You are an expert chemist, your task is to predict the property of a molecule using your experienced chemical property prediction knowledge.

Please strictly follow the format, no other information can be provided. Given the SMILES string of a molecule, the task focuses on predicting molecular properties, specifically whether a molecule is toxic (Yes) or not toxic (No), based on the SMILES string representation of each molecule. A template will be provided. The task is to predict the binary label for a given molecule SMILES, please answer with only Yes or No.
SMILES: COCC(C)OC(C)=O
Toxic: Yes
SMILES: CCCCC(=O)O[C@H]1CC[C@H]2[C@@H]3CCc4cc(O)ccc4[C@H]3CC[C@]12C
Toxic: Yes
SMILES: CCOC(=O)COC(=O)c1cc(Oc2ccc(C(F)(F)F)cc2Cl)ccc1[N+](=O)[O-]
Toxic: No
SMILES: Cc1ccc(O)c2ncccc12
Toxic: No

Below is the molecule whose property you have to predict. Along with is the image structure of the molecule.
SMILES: CC(=O)OC[C@H]1O[C@H](O[C@]2(COC(C)=O)O[C@H](COC(C)=O)[C@@H](OC(C)=O)[C@@H]2OC(C)=O)[C@H](OC(C)=O)[C@@H](OC(C)=O)[C@@H]1OC(C)=O
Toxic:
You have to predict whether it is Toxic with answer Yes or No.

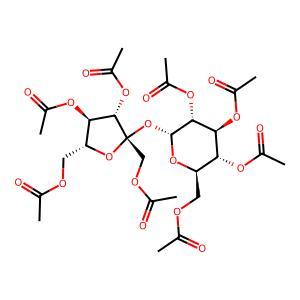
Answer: No